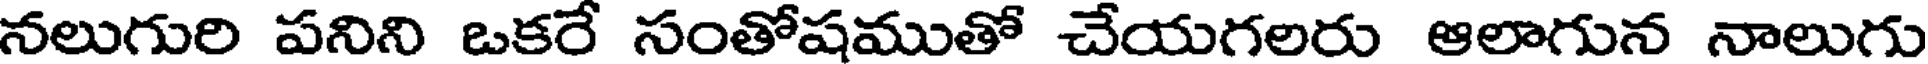
నలుగురి పనిని ఒకరే సంతోషముతో చేయగలరు ఆలాగున నాలుగు